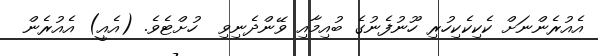
އެއުރެންނަށް ކެކިކެކިހުރި ހޫނުފެނުގެ ބުއިމާއި ވޭންދެނިވި  ހުށްޓެވެ. (އެއީ) އެއުރެން